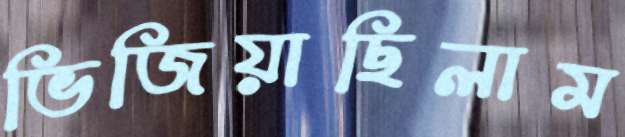
ভিজিয়াছিলাম